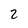
Character: 2